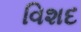
વિશદ